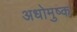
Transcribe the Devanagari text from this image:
अधोमुष्क